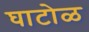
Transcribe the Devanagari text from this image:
घाटोळ